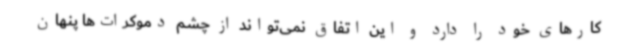
کارهای خود را دارد و این اتفاق نمی‌تواند از چشم دموکرات‌ها پنهان